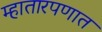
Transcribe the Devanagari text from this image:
म्हातारपणात